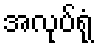
အလုပ်ရုံ